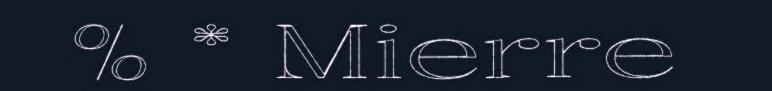
% * Mierre